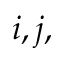
i , j ,